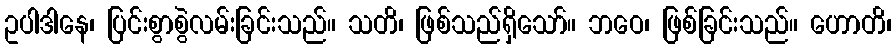
ဥပါဒါနေ၊ ပြင်းစွာစွဲလမ်းခြင်းသည်။ သတိ၊ ဖြစ်သည်ရှိသော်။ ဘဝေ၊ ဖြစ်ခြင်းသည်။ ဟောတိ၊